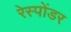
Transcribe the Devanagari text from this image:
रेस्पोंडर